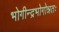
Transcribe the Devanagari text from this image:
भोगीन्द्रभोगोन्नतः